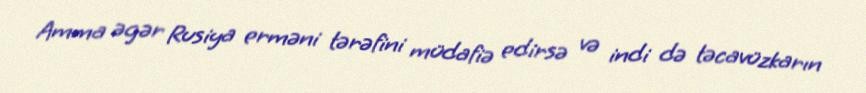
Amma əgər Rusiya erməni tərəfini müdafiə edirsə və indi də təcavüzkarın